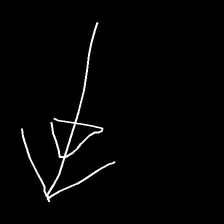
Glyph: pull